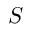
S